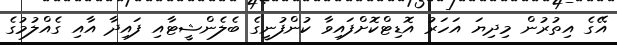
އޭގެ އިތުރުން މިދިޔަ އަހަރު އޮޑިޓްކޮށްފައިވާ ކުންފުނީގެ ބެލެންޝީޓާއި ފައިދާ އާއި ގެއްލުމުގެ